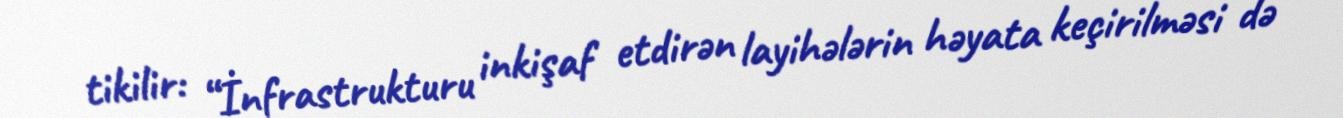
tikilir: “İnfrastrukturu inkişaf etdirən layihələrin həyata keçirilməsi də